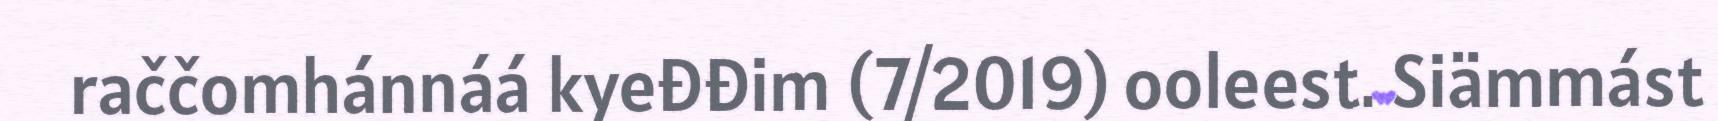
raččomhánnáá kyeđđim (7/2019) ooleest. Siämmást